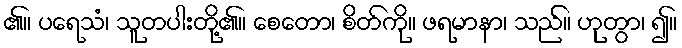
၏။ ပရေသံ၊ သူတပါးတို့၏။ စေတော၊ စိတ်ကို။ ဖရမာနာ၊ သည်။ ဟုတွာ၊ ၍။